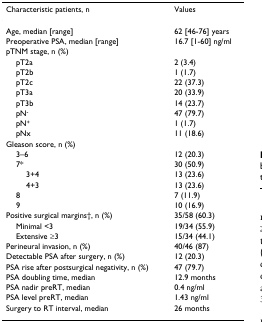
| Characteristic patients, n | Values |
 | --- | --- |
 | Age, median [range] | 62 [46-76] years |
 | Preoperative PSA, median [range] | 16.7 [1-60] ng/ml |
 | pTNM stage, n (%) |  |
 | pT2a | 2 (3.4) |
 | pT2b | 1 (1.7) |
 | pT2c | 22 (37.3) |
 | pT3a | 20 (33.9) |
 | pT3b | 14 (23.7) |
 | pN- | 47 (79.7) |
 | pN+ | 1 (1.7) |
 | pNx | 11 (18.6) |
 | Gleason score, n (%) |  |
 | 3–6 | 12 (20.3) |
 | 7* | 30 (50.9) |
 | 3+4 | 13 (23.6) |
 | 4+3 | 13 (23.6) |
 | 8 | 7 (11.9) |
 | 9 | 10 (16.9) |
 | Positive surgical margins†, n (%) | 35/58 (60.3) |
 | Minimal <3 | 19/34 (55.9) |
 | Extensive ≥3 | 15/34 (44.1) |
 | Perineural invasion, n (%) | 40/46 (87) |
 | Detectable PSA after surgery, n (%) | 12 (20.3) |
 | PSA rise after postsurgical negativity, n (%) | 47 (79.7) |
 | PSA doubling time, median | 12.9 months |
 | PSA nadir preRT, median | 0.4 ng/ml |
 | PSA level preRT, median | 1.43 ng/ml |
 | Surgery to RT interval, median | 26 months |